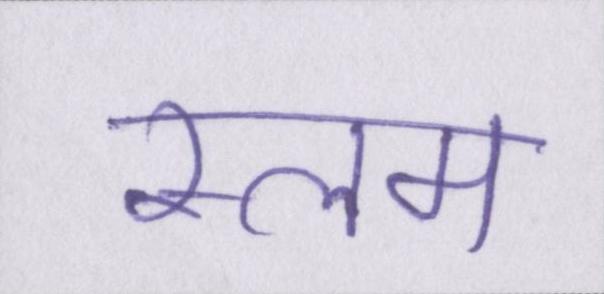
स्लम